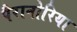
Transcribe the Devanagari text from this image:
पैरानोरिया